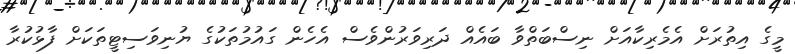
މީގެ އިތުރަށް އެމެރިކާއަށް ނިސްބަތްވާ ބައެއް ދަރިވަރުންވެސް އެހެން ގައުމުތަކުގެ ޔުނިވަސިޓީތަކަށް ފާޅުކުރާ